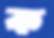
ক